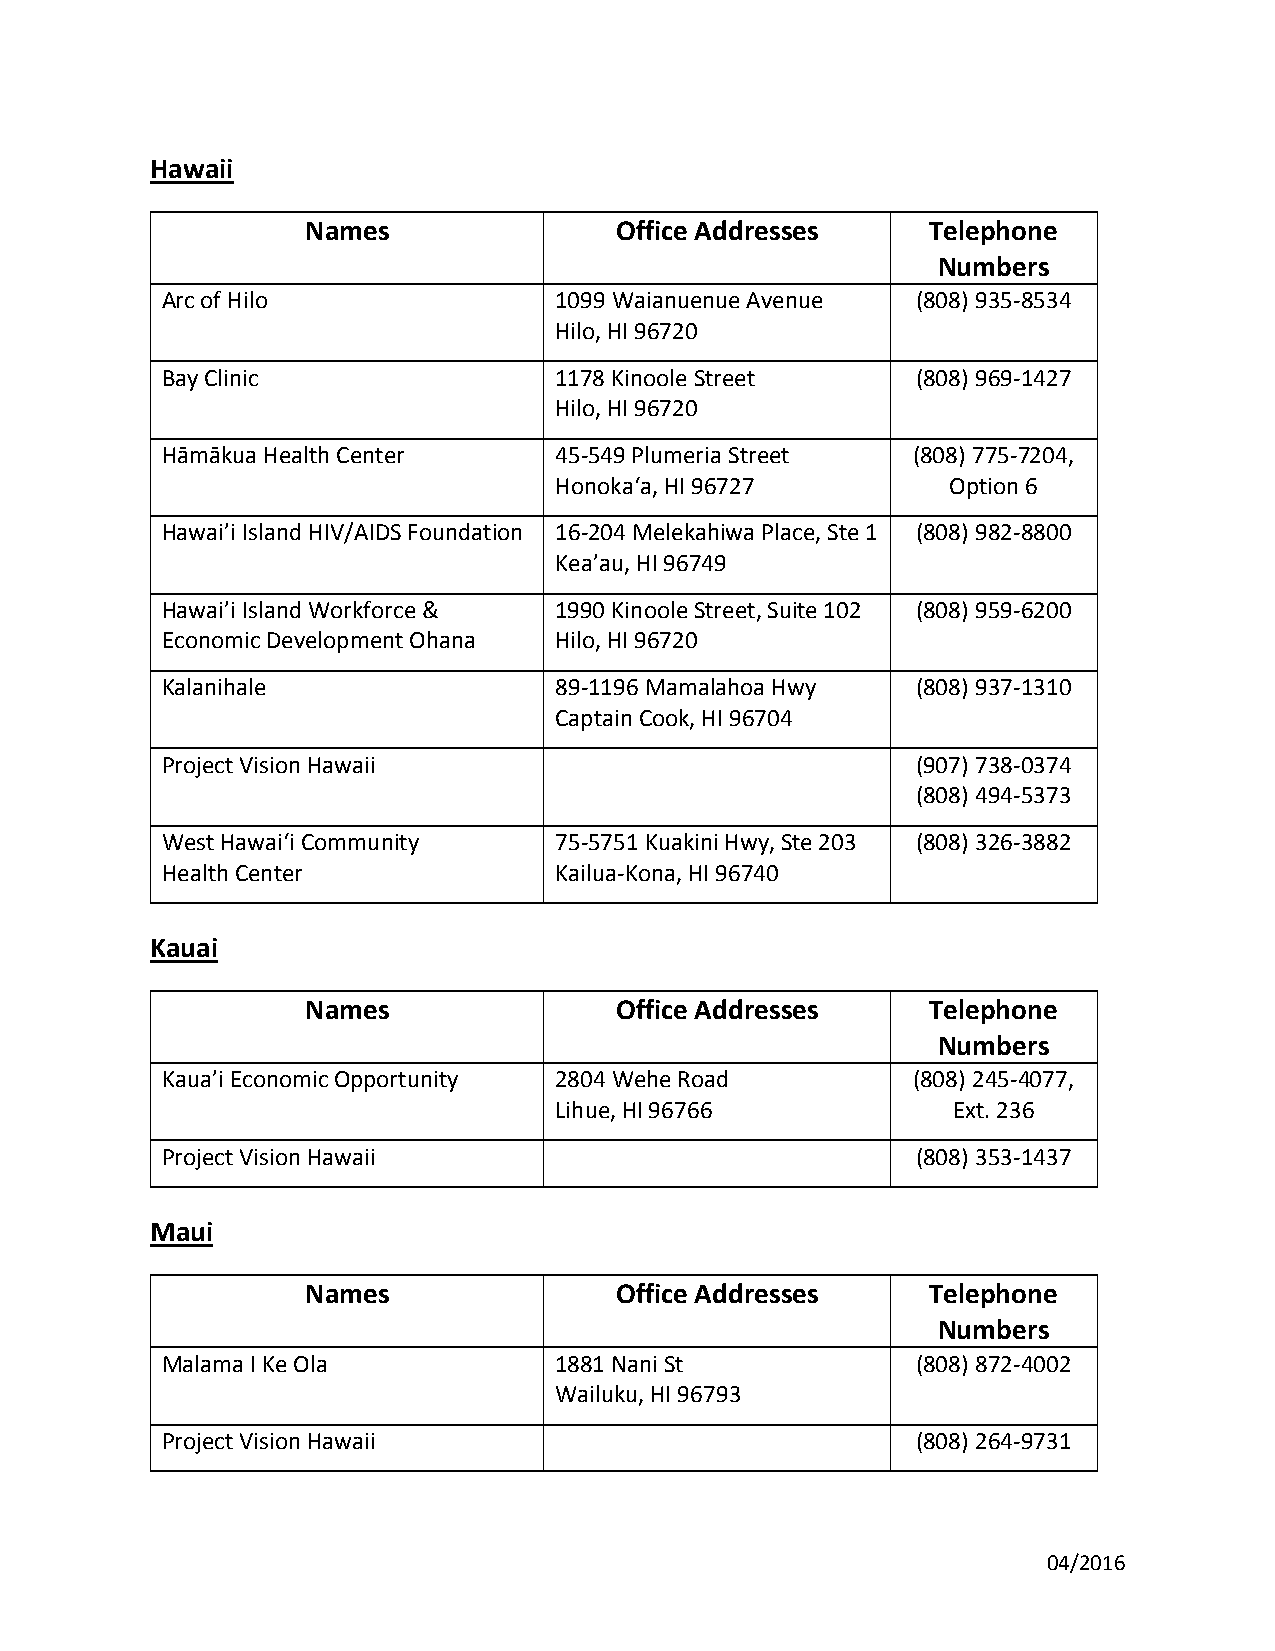
Hawaii
 Names                Office Addresses     Telephone
 Numbers
 Arc of Hilo               1099 Waianuenue Avenue  (808) 935-8534
 Hilo, HI 96720
 Bay Clinic                1178 Kinoole Street     (808) 969-1427
 Hilo, HI 96720
 Hāmākua Health Center     45-549 Plumeria Street (808) 775-7204,
 Honokaʻa, HI 96727        Option 6
 Hawai’i Island HIV/AIDS Foundation 16-204 Melekahiwa Place, Ste 1 (808) 982-8800
 Kea’au, HI 96749
 Hawai’i Island Workforce & 1990 Kinoole Street, Suite 102 (808) 959-6200
 Economic Development Ohana Hilo, HI 96720
 Kalanihale                89-1196 Mamalahoa Hwy   (808) 937-1310
 Captain Cook, HI 96704
 Project Vision Hawaii                             (907) 738-0374
 (808) 494-5373
 West Hawai‘i Community    75-5751 Kuakini Hwy, Ste 203 (808) 326-3882
 Health Center             Kailua-Kona, HI 96740
 Kauai
 Names                Office Addresses     Telephone
 Numbers
 Kaua’i Economic Opportunity 2804 Wehe Road       (808) 245-4077,
 Lihue, HI 96766           Ext. 236
 Project Vision Hawaii                             (808) 353-1437
 Maui
 Names                Office Addresses     Telephone
 Numbers
 Malama I Ke Ola           1881 Nani St            (808) 872-4002
 Wailuku, HI 96793
 Project Vision Hawaii                             (808) 264-9731
 04/2016